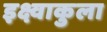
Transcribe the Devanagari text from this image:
इक्ष्वाकुला